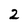
Character: 2